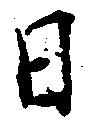
日